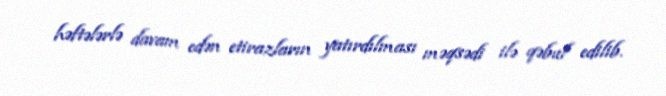
həftələrlə davam edən etirazların yatırdılması məqsədi ilə qəbul edilib.